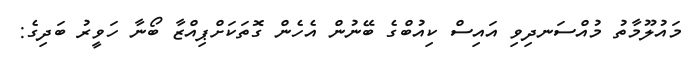
މައުލޫމާތު މުއްސަނދިވި އައިސް ކިއުބްގެ ބޭނުން އެހެން ގޮތަކަށްޕިއްޒާ ބޯނާ ހަވީރު ބަދިގެ: